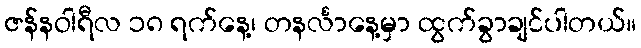
ဇန်နဝါရီလ ၁၈ ရက်နေ့၊ တနင်္လာနေ့မှာ ထွက်ခွာချင်ပါတယ်။